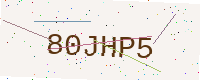
Text: 80JHP5